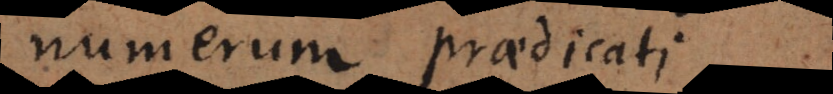
numerum praedicati